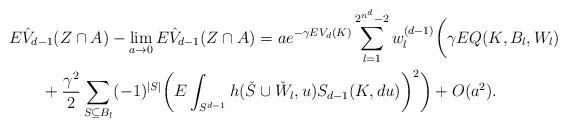
LaTeX: \begin{align*}\MoveEqLeft E\hat{V}_{d-1}(Z\cap A) - \lim_{a\to 0} E\hat{V}_{d-1}(Z\cap A)= ae^{-\gamma EV_d(K)} \sum_{l=1}^{2^{n^d}-2} w_l^{(d-1)} \bigg(\gamma E Q(K,B_l,W_l)\\{}&+ \frac{\gamma^2}{2}\sum_{S\subseteq B_l}(-1)^{|S|} \bigg(E\int_{S^{d-1}} h(\check{S}\cup \check{W}_l,u) S_{d-1}(K,du)\bigg)^2 \bigg)+ O(a^2). \end{align*}